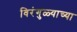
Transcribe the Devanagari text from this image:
विरंगुळ्याच्या